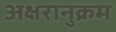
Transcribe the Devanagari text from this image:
अक्षरानुक्रम